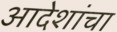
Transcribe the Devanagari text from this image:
आदेशांचा